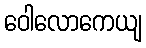
ဝေါလောကေယျ